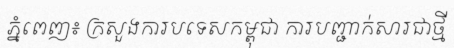
ភ្នំពេញ៖ ក្រសួងការបទេសកម្ពុជា ការបញ្ជាក់សារជាថ្មី